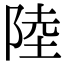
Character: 陸